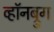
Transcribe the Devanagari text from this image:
व्हॉनब्रुग